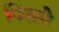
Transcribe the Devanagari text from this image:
पिसमे